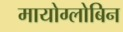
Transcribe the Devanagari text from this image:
मायोग्लोबिन